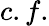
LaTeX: c.f.